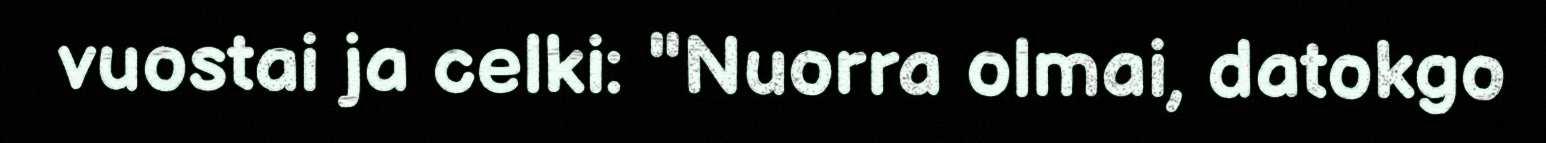
vuostai ja celki: "Nuorra olmai, datokgo